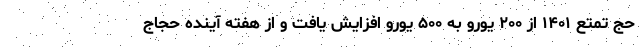
حج تمتع ۱۴۰۱ از ۲۰۰ یورو به ۵۰۰ یورو افزایش یافت و از هفته آینده حجاج